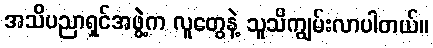
အသိပညာရှင်အဖွဲ့က လူတွေနဲ့ သူသိကျွမ်းလာပါတယ်။